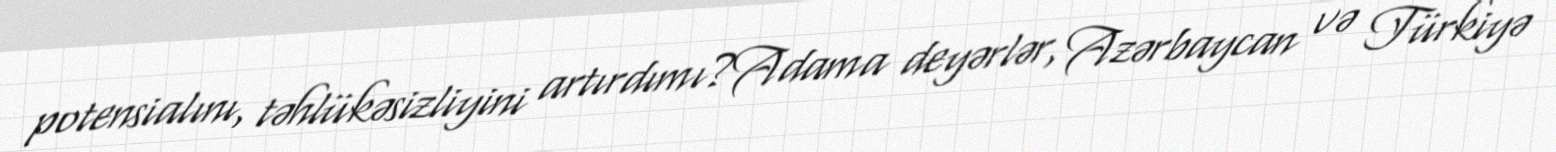
potensialını, təhlükəsizliyini artırdımı?Adama deyərlər, Azərbaycan və Türkiyə